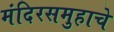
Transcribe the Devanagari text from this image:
मंदिरसमुहाचे